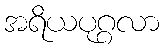
အရိယပုဂ္ဂလာ